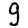
Digit: 9